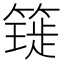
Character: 𥳧